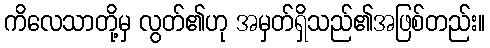
ကိလေသာတို့မှ လွတ်၏ဟု အမှတ်ရှိသည်၏အဖြစ်တည်း။